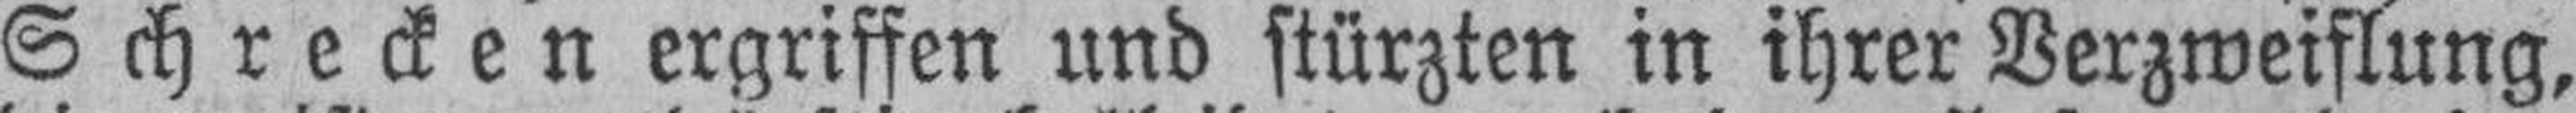
Schrecken ergriffen und stürzten in ihrer Verzweiflung,